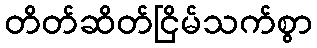
တိတ်ဆိတ်ငြိမ်သက်စွာ